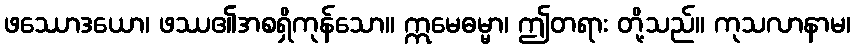
ဖဿောဒယော၊ ဖဿ၏အစရှိကုန်သော။ ဣမေဓမ္မာ၊ ဤတရား တို့သည်။ ကုသလာနာမ၊